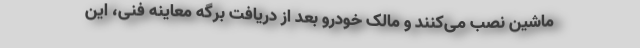
ماشین نصب می‌کنند و مالک خودرو بعد از دریافت برگه معاینه فنی، این